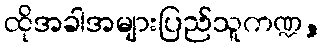
ထိုအခါအများပြည်သူကဏ္ဍ,